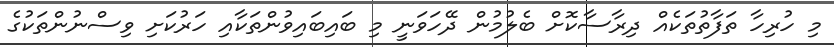
މި ހުރިހާ ތަފާތުތަކެއް ދިރާސާކޮށް ބެލުމުން ދޭހަވަނީ މި ބައިބައިވުންތަކާއި ހަރުކަށި ވިސްނުންތަކުގެ